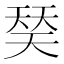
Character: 𰋩